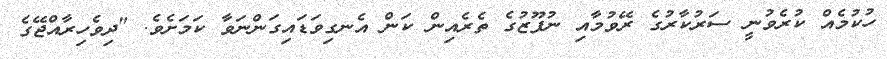
ހުކުމެއް ކުރެވުނީ ސަރުކާރުގެ ރޭވުމާއި ނުފޫޒުގެ ތެރެއިން ކަން އެނގިވަޑައިގަންނަވާ ކަމަށެވެ. "ދިވެހިރާއްޖޭގެ